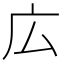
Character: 広